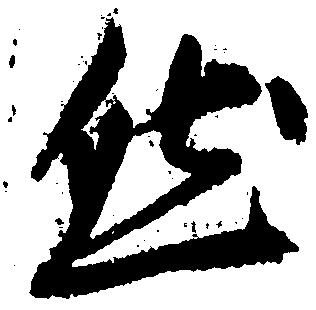
然